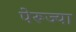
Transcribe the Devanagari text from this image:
पेरूज्या